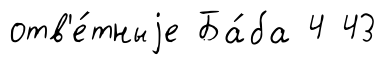
отв'е́тныjе Ба́ба 4 43